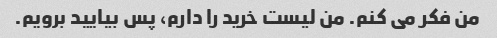
من فکر می کنم. من لیست خرید را دارم، پس بیایید برویم.